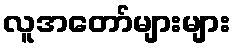
လူအတော်များများ